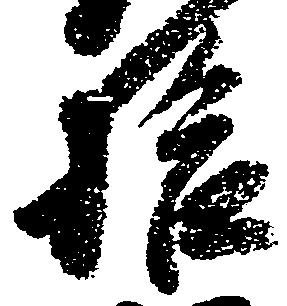
拾